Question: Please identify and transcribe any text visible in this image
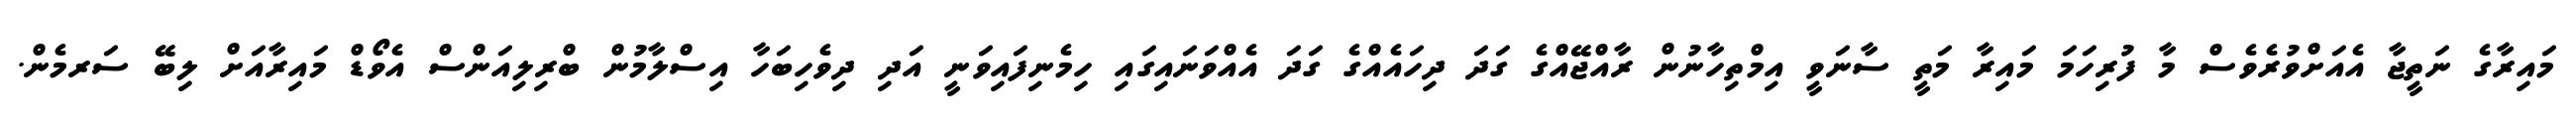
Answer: މައިރާގެ ނަތީޖާ އެއަށްވުރެވެސް މާ ފުރިހަމަ މައިރާ މަތީ ސާނަވީ އިމްތިހާނުން ރާއްޖޭއްގެ ގަދަ ދިހައެއްގެ ގަދަ އެއްވަނައިގައި ހިމެނިފައިވަނީ އަދި ދިވެހިބަހާ އިސްލާމުން ބްރިލިއަންސް އެވޯޑް މައިރާއަށް ލިބޭ ސަރމެން.